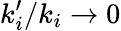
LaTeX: k_{i}^{\prime}/k_{i}\to 0